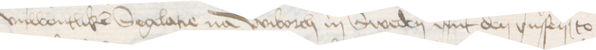
vnwonlicken Seglatie na Wiborch in Sweden mit den vnsen to